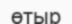
өтыр